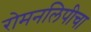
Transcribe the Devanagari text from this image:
रोमनलिपीचा